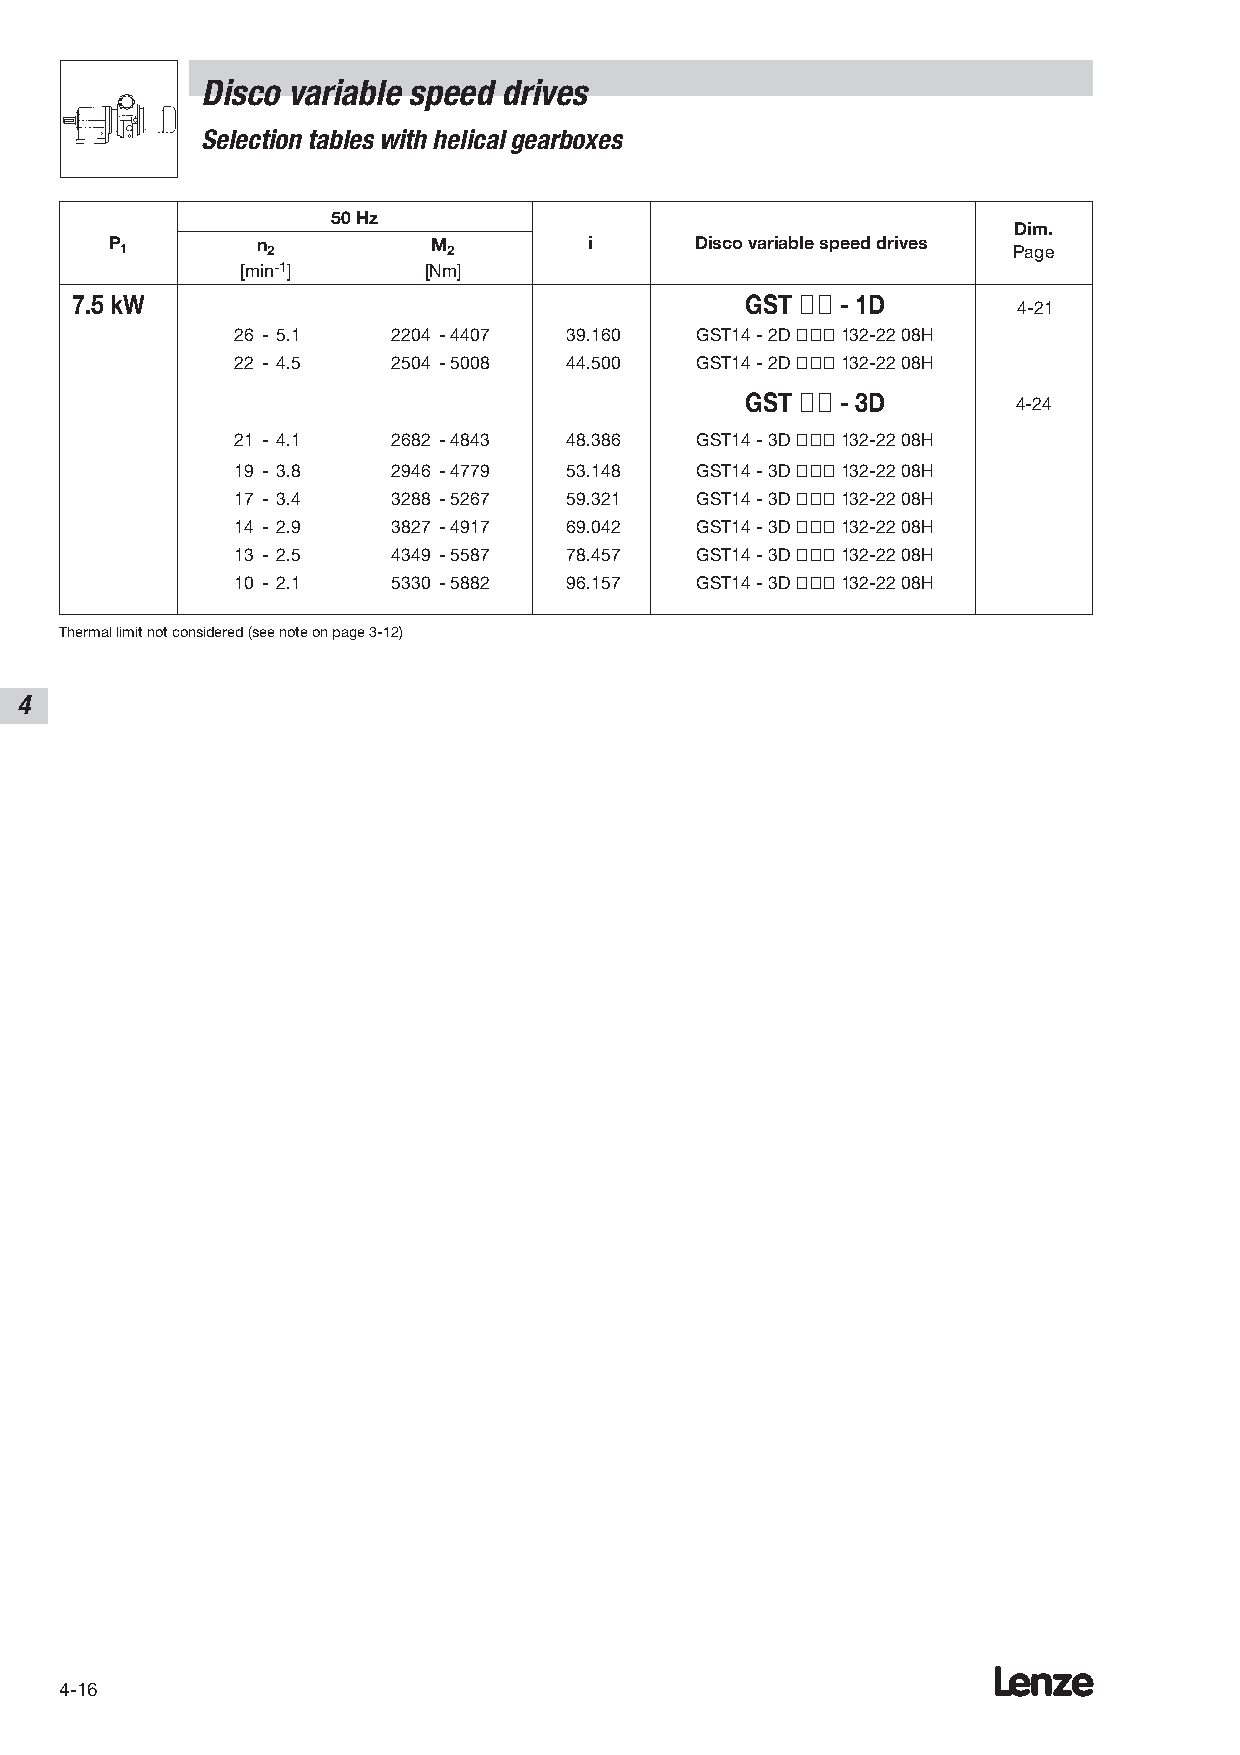
Disco variable speed drives
 Selection tables with helical gearboxes
 50 Hz
 Dim.
 P 1       n 2         M 2       i      Disco variable speed drives Page
 [min-1]     [Nm]
 7.5 kW                                      GST ÇÇ - 1D
 4-21
 26 - 5.1  2204 -4407  39.160  GST14 - 2D ÇÇÇ132-22 08H
 22 - 4.5  2504 -5008  44.500  GST14 - 2D ÇÇÇ132-22 08H
 GST ÇÇ - 3D       4-24
 21 - 4.1  2682 -4843  48.386  GST14 - 3D ÇÇÇ132-22 08H
 19 - 3.8  2946 -4779  53.148  GST14 - 3D ÇÇÇ132-22 08H
 17 - 3.4  3288 -5267  59.321  GST14 - 3D ÇÇÇ132-22 08H
 14 - 2.9  3827 -4917  69.042  GST14 - 3D ÇÇÇ132-22 08H
 13 - 2.5  4349 -5587  78.457  GST14 - 3D ÇÇÇ132-22 08H
 10 - 2.1  5330 -5882  96.157  GST14 - 3D ÇÇÇ132-22 08H
 Thermal limit not considered (see note on page 3-12)
 4
 Lenze
 4-16